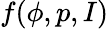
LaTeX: f(\phi,p,I)